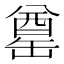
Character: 𮉶